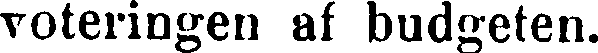
voteringen af budgeten.